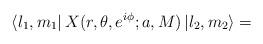
LaTeX: \begin{align*}\left\langle l_1, m_1 \right| X(r, \theta, e^{i\phi}; a, M) \left| l_2 , m_2 \right\rangle=\end{align*}